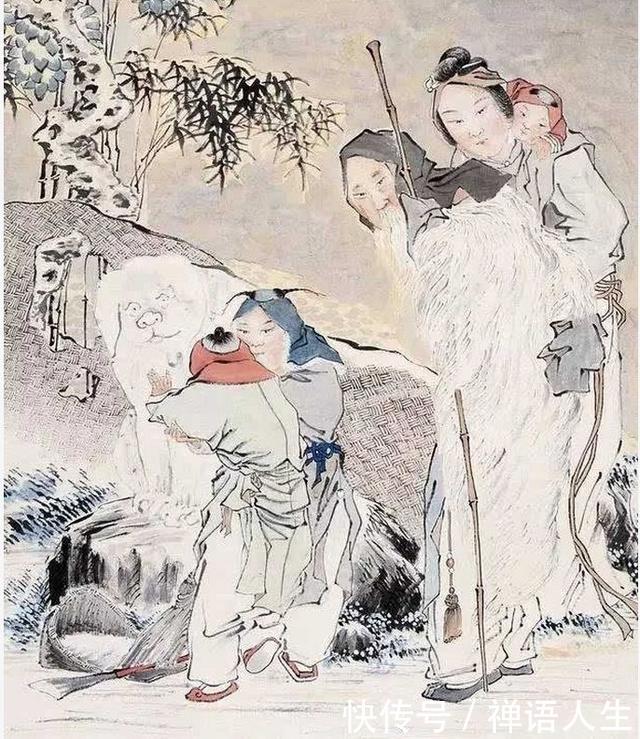
小人错其在己者，而慕其在天者。